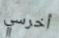
أخرسي